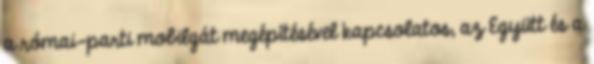
a római-parti mobilgát megépítésével kapcsolatos, az Együtt és a